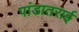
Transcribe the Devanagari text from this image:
पांडातराई